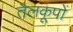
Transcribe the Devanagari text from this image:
तैलकूपों